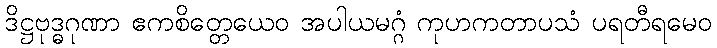
ဒိဋ္ဌဗုဒ္ဓဂုဏာ ဧကစိတ္တေယေဝ အပါယမဂ္ဂံ ကုဟကတာပသံ ပရတီရမေဝ